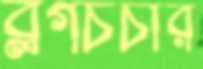
ব্লগচর্চার